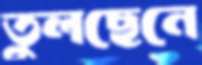
তুলছেনে